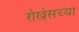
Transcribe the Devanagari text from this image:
रोखे्सच्या